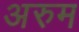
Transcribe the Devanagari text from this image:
अरुम